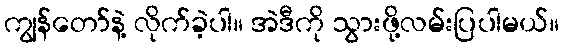
ကျွန်တော်နဲ့ လိုက်ခဲ့ပါ။ အဲဒီကို သွားဖို့လမ်းပြပါမယ်။